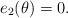
LaTeX: \begin{align*}e_2(\theta)=0.\end{align*}